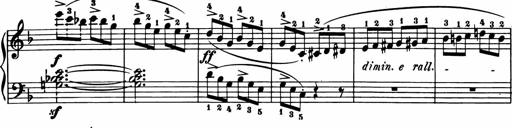
Title: 11 Sonatinas for Piano Solo
Composer: Anton Diabelli